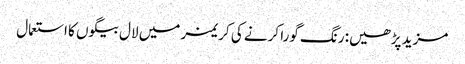
مزید پڑھیں: رنگ گورا کرنے کی کریمز میں لال بیگوں کا استعمال